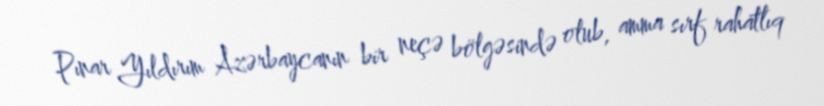
Pınar Yıldırım Azərbaycanın bir neçə bölgəsində olub, amma sırf rahatlıq